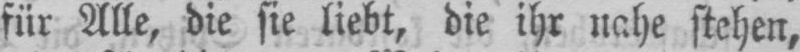
für Alle, die sie liebt, die ihr nahe stehen,